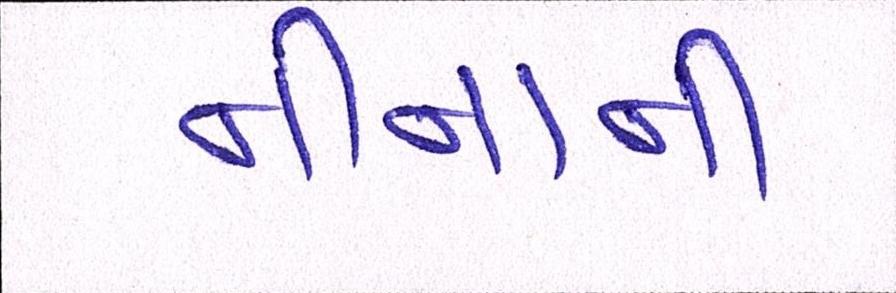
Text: નીનાની